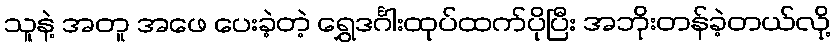
သူနဲ့ အတူ အဖေ ပေးခဲ့တဲ့ ရွှေဒင်္ဂါးထုပ်ထက်ပိုပြီး အဘိုးတန်ခဲ့တယ်လို့